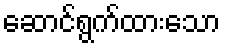
ဆောင်ရွက်ထားသော